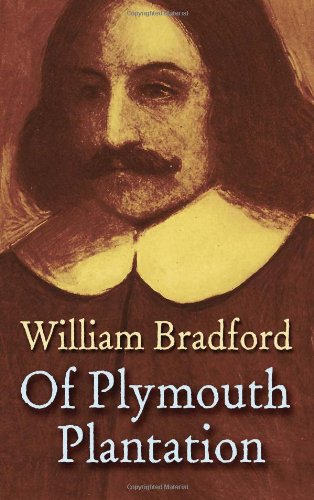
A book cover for Of Plymouth Plantation (Dover Books on Americana); William Bradford; Biographies & Memoirs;